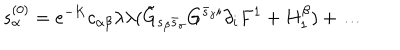
LaTeX: s _ { \alpha } ^ { ( 0 ) } = e ^ { - K } c _ { \alpha \beta } \lambda \lambda ( \tilde { G } _ { s _ { \beta } \bar { s } _ { \gamma } } G ^ { \bar { s } _ { \gamma } i } \partial _ { i } F ^ { 1 } + H _ { 1 } ^ { \beta } ) + \dots